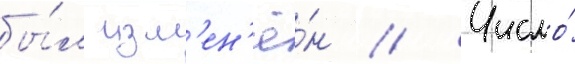
бы́л изм'ен'ё́н // Число́